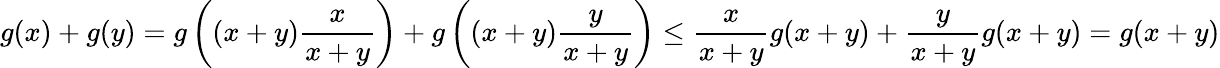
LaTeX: g(x)+g(y)=g\left((x+y)\frac{x}{x+y}\right)+g\left((x+y)\frac{y}{x+y}\right)\leq\frac{x}{x+y}g(x+y)+\frac{y}{x+y}g(x+y)=g(x+y)